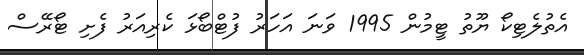
އެތުލެޓިކޯ ޔޫތު ޓީމުން 1995 ވަނަ އަހަރު ފުޓްބޯޅަ ކެރިއަރު ފެށި ޓޯރޭސް